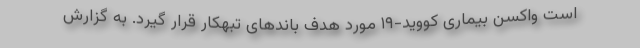
است واکسن بیماری کووید-۱۹ مورد هدف باندهای تبهکار قرار گیرد. به گزارش